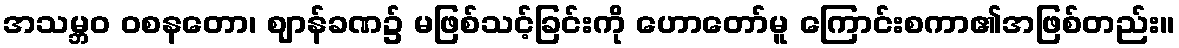
အသမ္ဘဝ ဝစနတော၊ ဈာန်ခဏ၌ မဖြစ်သင့်ခြင်းကို ဟောတော်မူ ကြောင်းစကာ၏အဖြစ်တည်း။